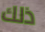
ذلك